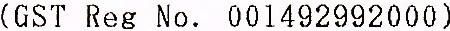
(GST REG NO. 001492992000)